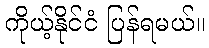
ကိုယ့်နိုင်ငံ ပြန်ရမယ်။